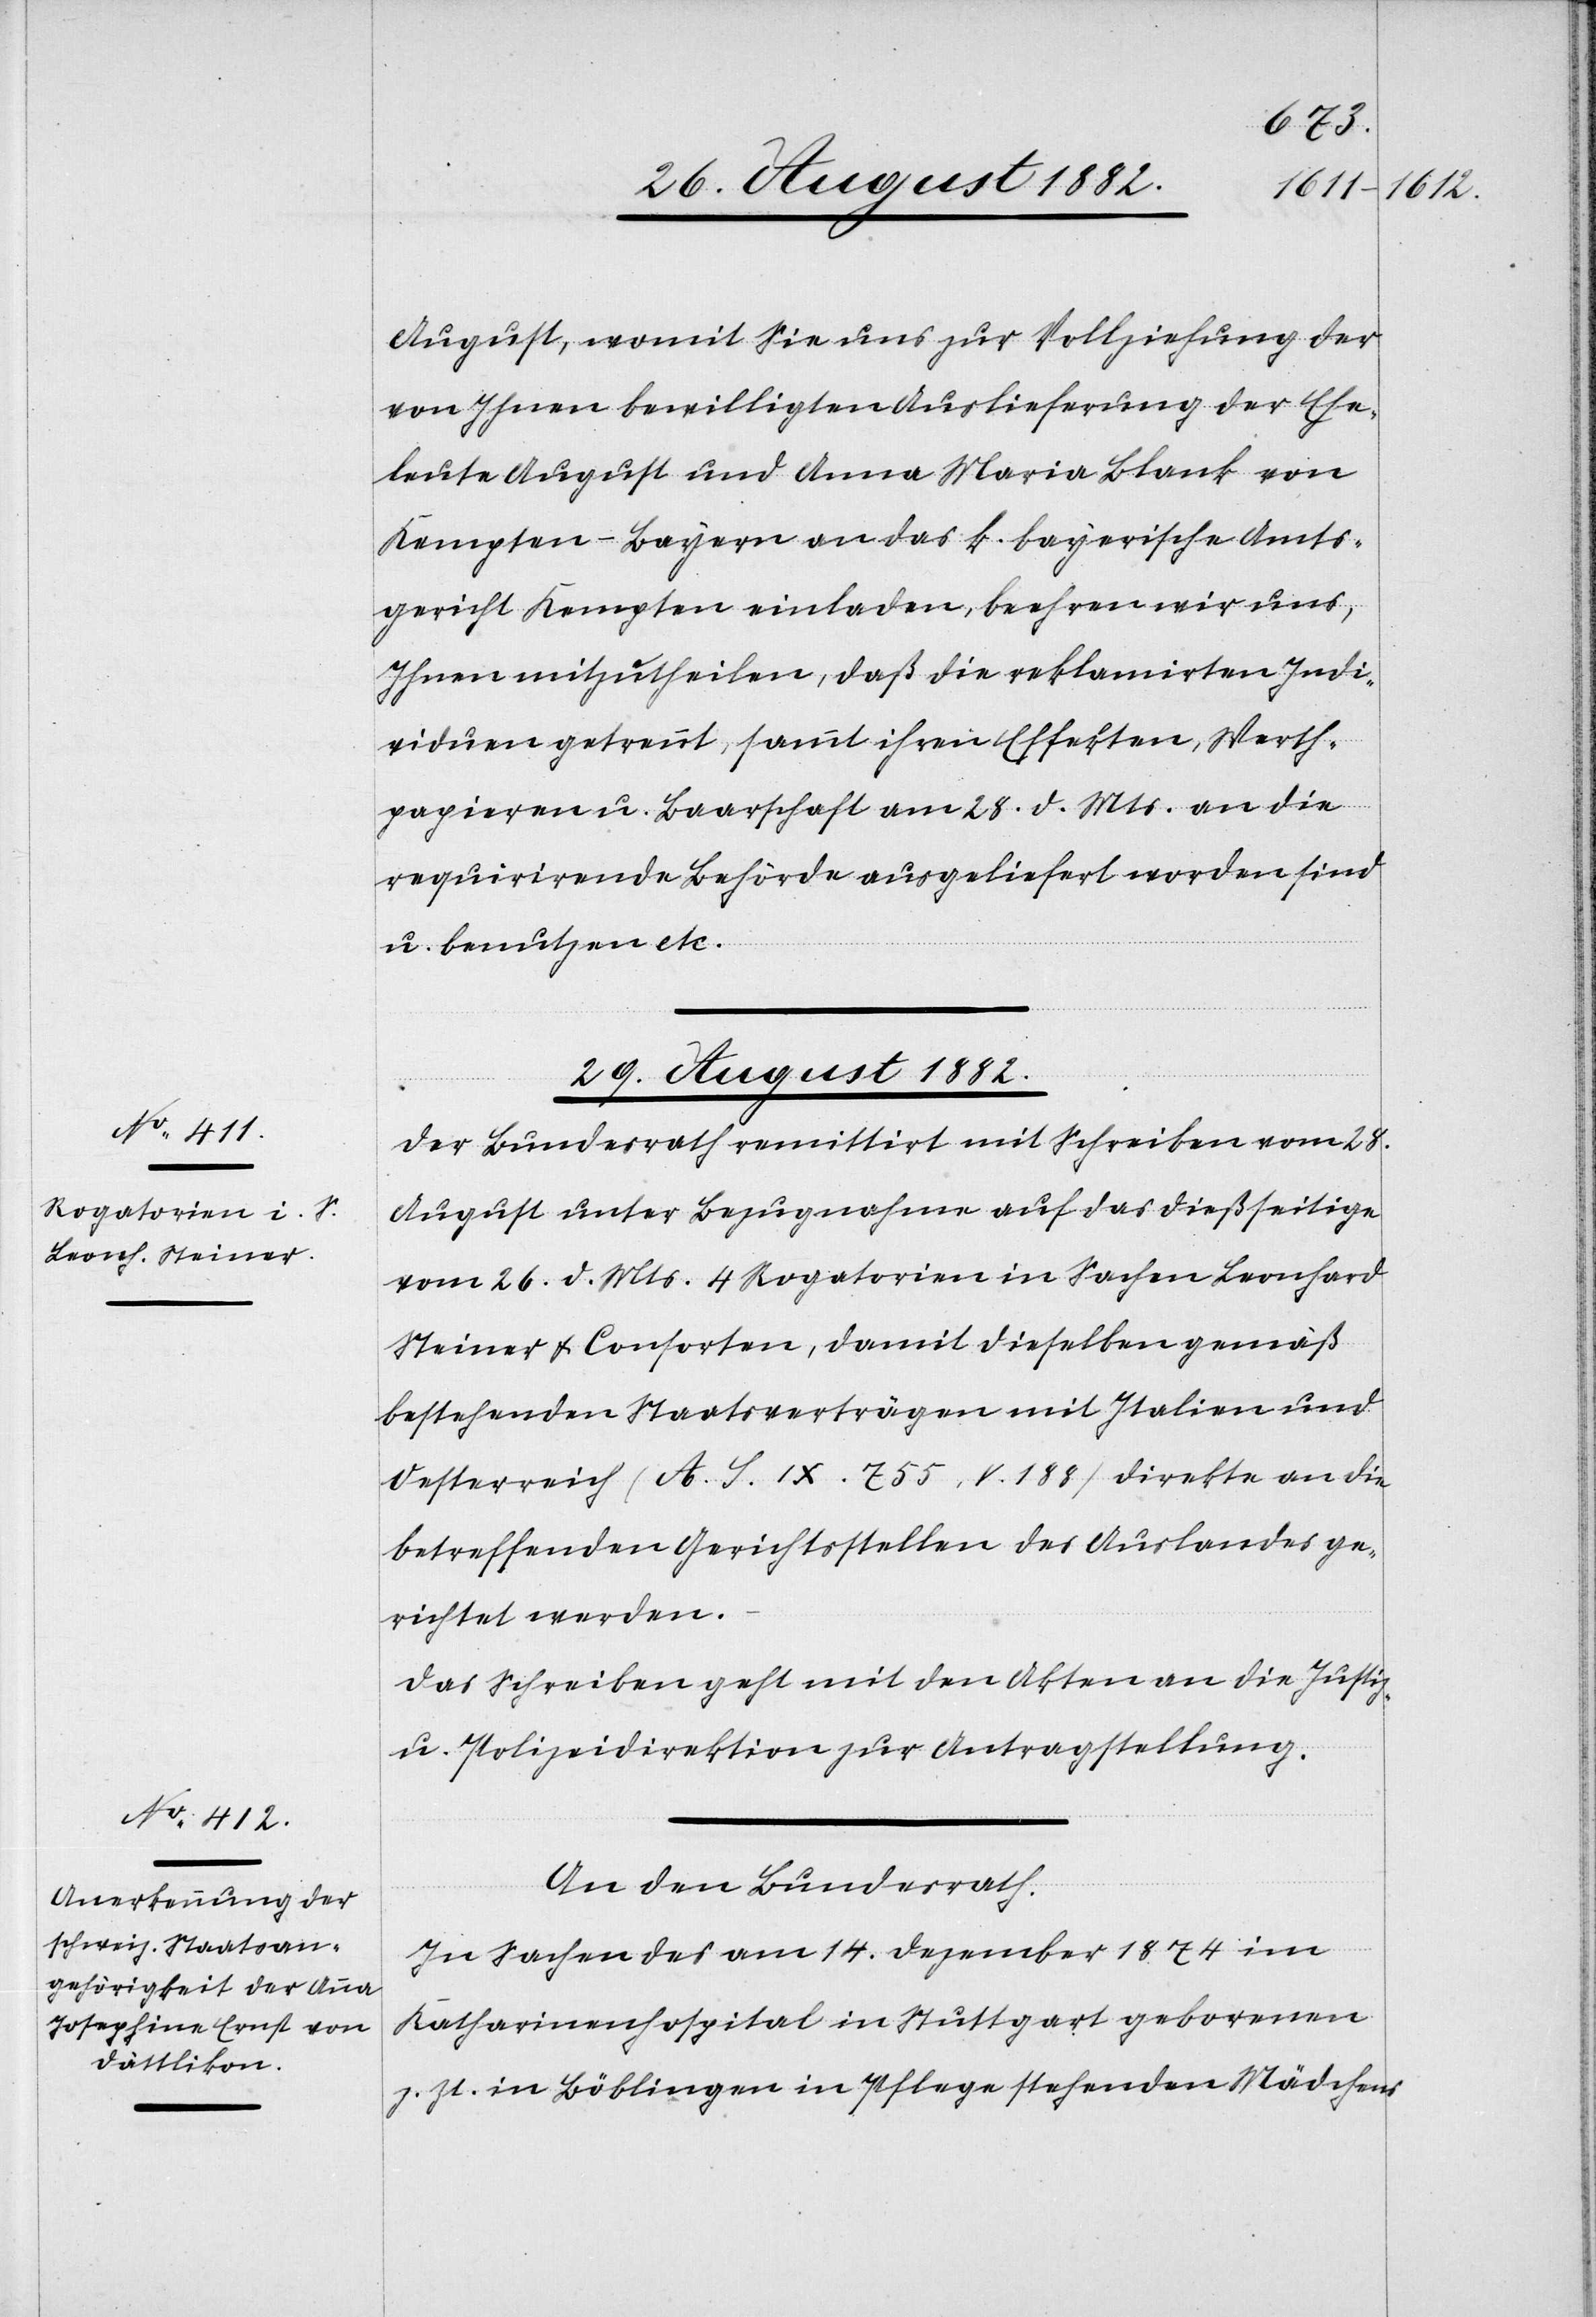
August, womit Sie uns zur Vollziehung der
von Ihnen bewilligten Auslieferung der Ehe¬
leute August und Anna Maria Blank von
Kempten - Bayern an das k. bayerische Amts¬
gericht Kempten einladen, beehren wir uns,
Ihnen mitzutheilen, daß die reklamirten Indi¬
viduen getrennt, sammt ihren Effekten, Werth¬
papieren u. Baarschaft am 28. d. Mts. an die
requirirende Behörde ausgeliefert worden sind
u. benutzen etc.“
29. August 1882.]
Der Bundesrath remittirt mit Schreiben vom 28.
August unter Bezugnahme auf das dießseitige
vom 26. d. Mts. 4 Rogatorien in Sachen Leonhard
Steiner & Consorten, damit dieselben gemäß
bestehenden Staatsverträgen mit Italien und
Oesterreich (A. S. IX. 755, V. 188) direkte an die
betreffenden Gerichtsstellen des Auslandes ge¬
richtet werden.
Das Schreiben geht mit den Akten an die Justiz-
& Polizeidirektion zur Antragstellung.
An den Bundesrath.
„In Sachen des am 14. Dezember 1874 im
Katharinenhospital in Stuttgart geborenen
z. Zt. in Böblingen in Pflege stehenden Mädchens